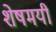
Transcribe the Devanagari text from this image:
शेषमयी